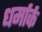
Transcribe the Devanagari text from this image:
धर्मार्क